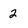
Character: 2